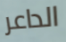
الداعر